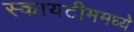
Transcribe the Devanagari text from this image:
स्कायटीममध्ये